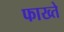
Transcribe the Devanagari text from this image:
फाख्ते